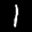
Label: 1